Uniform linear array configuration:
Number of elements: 48
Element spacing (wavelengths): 1
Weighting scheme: hamming
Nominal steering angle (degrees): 0
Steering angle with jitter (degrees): -1.196
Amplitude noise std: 0.05
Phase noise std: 0.05

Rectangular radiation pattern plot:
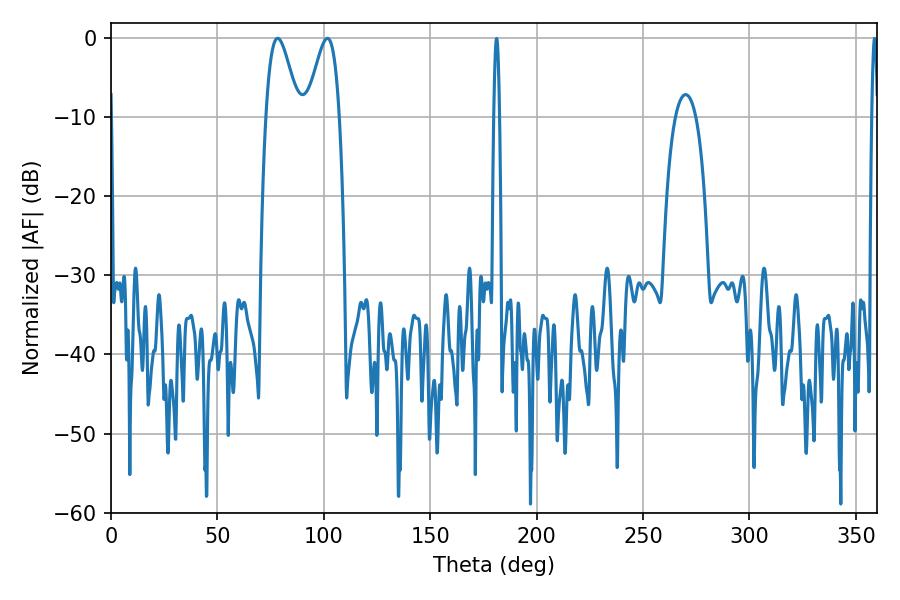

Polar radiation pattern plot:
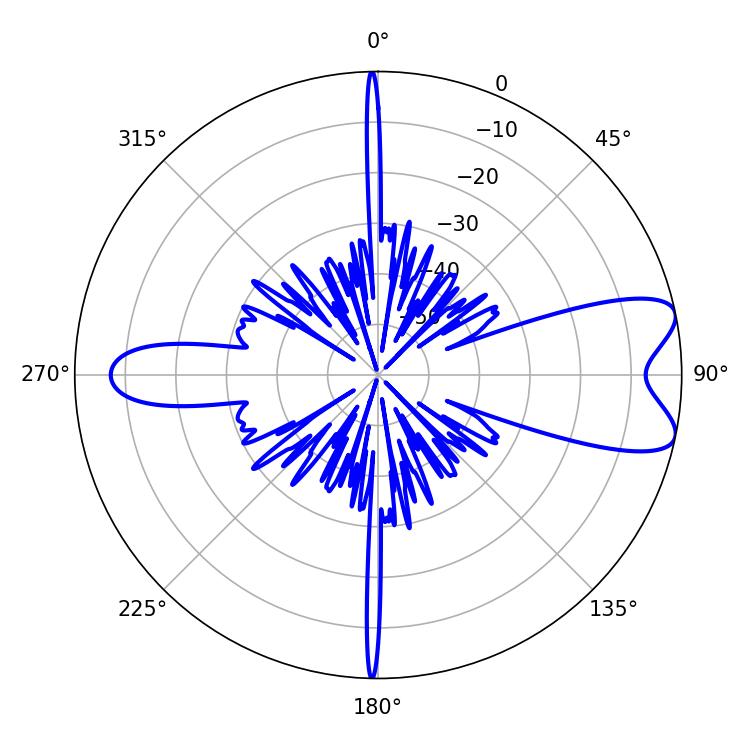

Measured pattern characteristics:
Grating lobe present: TRUE
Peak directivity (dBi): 8.493
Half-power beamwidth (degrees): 8.1
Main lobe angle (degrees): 78.3